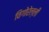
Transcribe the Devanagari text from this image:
विगोरेल्ली